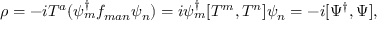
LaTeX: \rho = - i { \cal T } ^ { a } ( { \psi } _ { m } ^ { \dagger } f _ { m a n } { \psi } _ { n } ) = i \psi _ { m } ^ { \dagger } [ { \cal T } ^ { m } , { \cal T } ^ { n } ] \psi _ { n } = - i [ \Psi ^ { \dagger } , \Psi ] ,